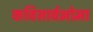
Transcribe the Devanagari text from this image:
कविसार्वभोमा